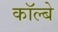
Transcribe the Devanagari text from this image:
कॉल्बे